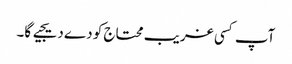
آپ کسی غریب محتاج کو دے دیجیے گا۔